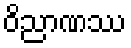
ဝိညာဏဿ